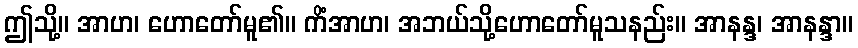
ဤသို့။ အာဟ၊ ဟောတော်မူ၏။ ကိံအာဟ၊ အဘယ်သို့ဟောတော်မူသနည်း။ အာနန္ဒ၊ အာနန္ဒာ။